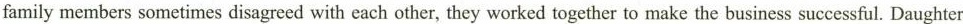
family members sometimes disagreed with each other, they worked together to make the business successful. Daughter